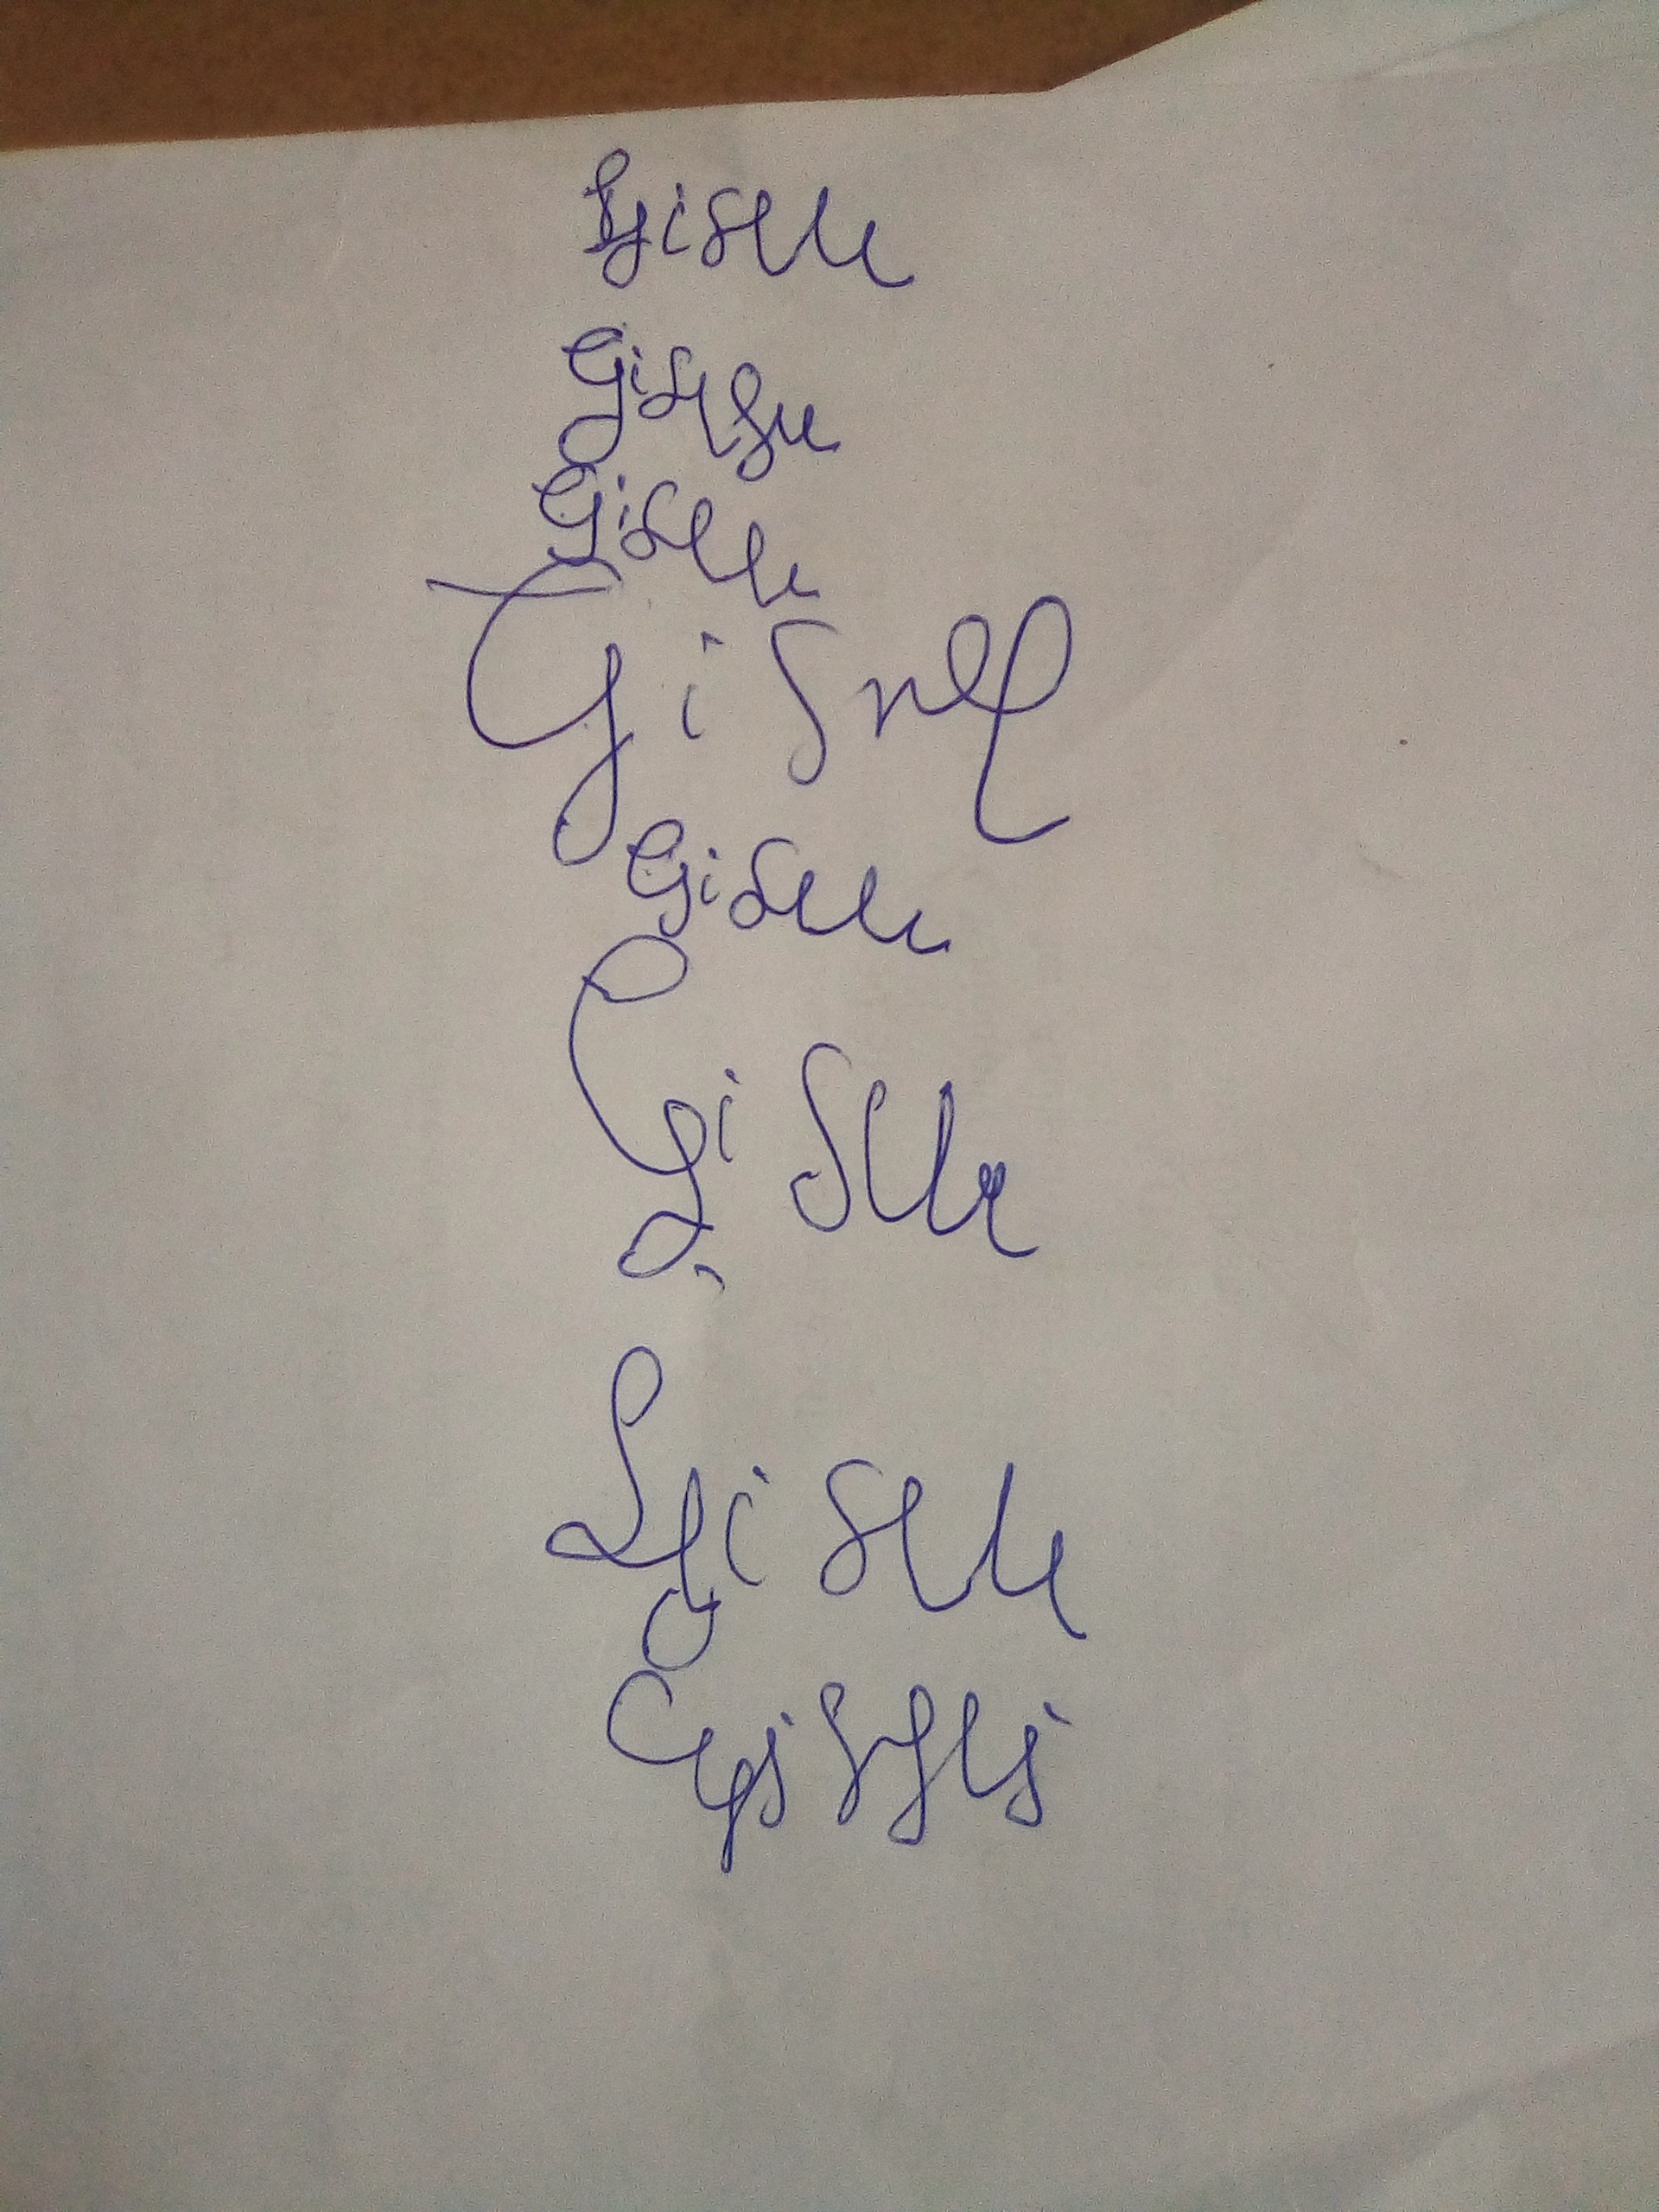
Signature authenticity: forged